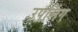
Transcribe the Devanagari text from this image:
उपलिंग